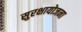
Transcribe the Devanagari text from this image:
सुरक्षायोजना